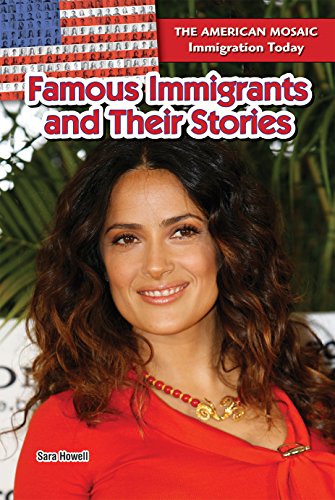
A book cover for Famous Immigrants and Their Stories (The American Mosaic: Immigration Today); Sara Howell; Children's Books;